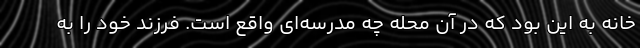
خانه به این بود که در آن محله چه مدرسه‌ای واقع است. فرزند خود را به